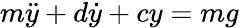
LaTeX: m{\ddot{y}}+d{\dot{y}}+cy=mg